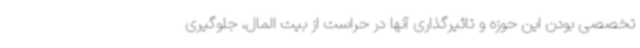
تخصصی بودن این حوزه و تاثیرگذاری آنها در حراست از بیت المال، جلوگیری